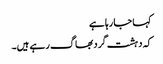
کہا جا رہا ہے
کہ دہشت گرد بھاگ رہے ہیں۔